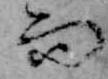
而